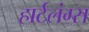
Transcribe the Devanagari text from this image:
हार्टलंग्स